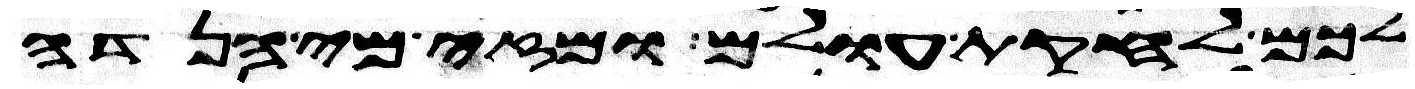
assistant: לכם לחקות עולם ומזה מי הנדה